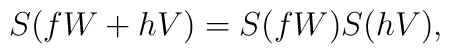
S(fW+hV)=S(fW)S(hV),